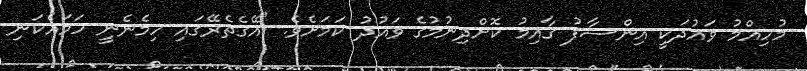
މުހިއްމު ވައުދަކީ އިންސާފު ގާއިމު ކޮށްދިނުމުގެ ވައުދު ކަމަށެވެ. "އޭގެތެރޭގައި ހިމެނެނީ ހަމައެކަނި